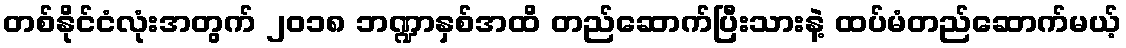
တစ်နိုင်ငံလုံးအတွက် ၂၀၁၈ ဘဏ္ဍာနှစ်အထိ တည်ဆောက်ပြီးသားနဲ့ ထပ်မံတည်ဆောက်မယ့်